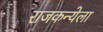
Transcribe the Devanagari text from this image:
राजकन्येला